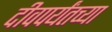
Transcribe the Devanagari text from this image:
दीवपर्यंतच्या